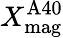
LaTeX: X_{\mathrm{mag}}^{\mathrm{A40}}